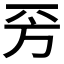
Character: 𣃙